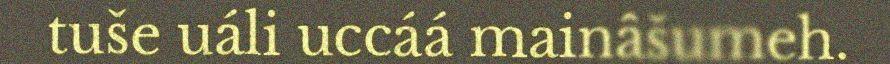
tuše uáli uccáá mainâšumeh.